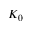
K _ { 0 }